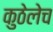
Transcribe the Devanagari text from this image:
कुठेलेच